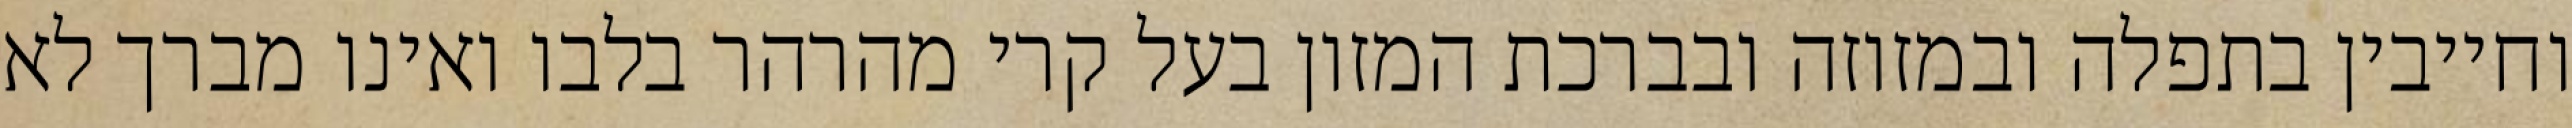
וחייבין בתפלה ובמזוזה ובברכת המזון בעל קרי מהרהר בלבו ואינו מברך לא